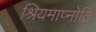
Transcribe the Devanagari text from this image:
श्रियमाप्नोति